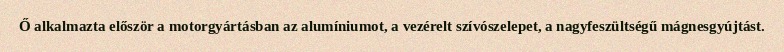
Ő alkalmazta először a motorgyártásban az alumíniumot, a vezérelt szívószelepet, a nagyfeszültségű mágnesgyújtást.